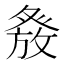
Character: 𭽂